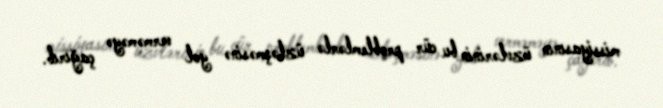
missiyasının üzvlərinin bu cür problemlərlə üzləşməsinə yol verməməyə çağırıb.